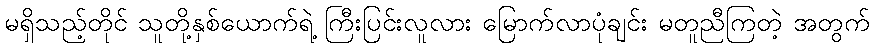
မရှိသည့်တိုင် သူတို့နှစ်ယောက်ရဲ့ ကြီးပြင်းလူလား မြောက်လာပုံချင်း မတူညီကြတဲ့ အတွက်